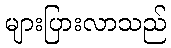
များပြားလာသည်